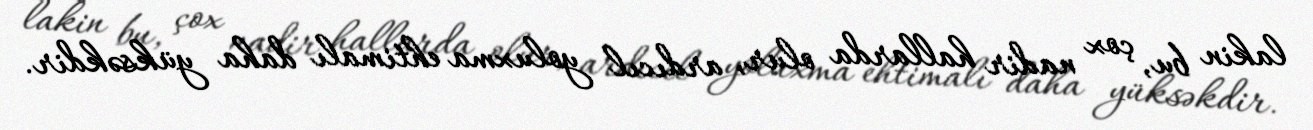
lakin bu, çox nadir hallarda olur, ardıcıl yoluxma ehtimalı daha yüksəkdir.